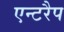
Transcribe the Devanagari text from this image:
एन्टरैप